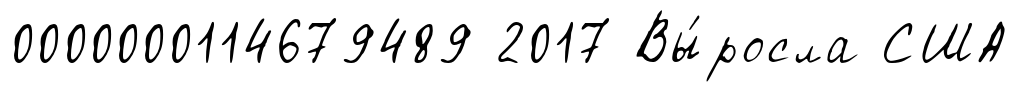
0000000114679489 2017 Вы́росла США